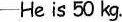
-He is 50 kg.